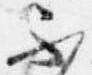
不